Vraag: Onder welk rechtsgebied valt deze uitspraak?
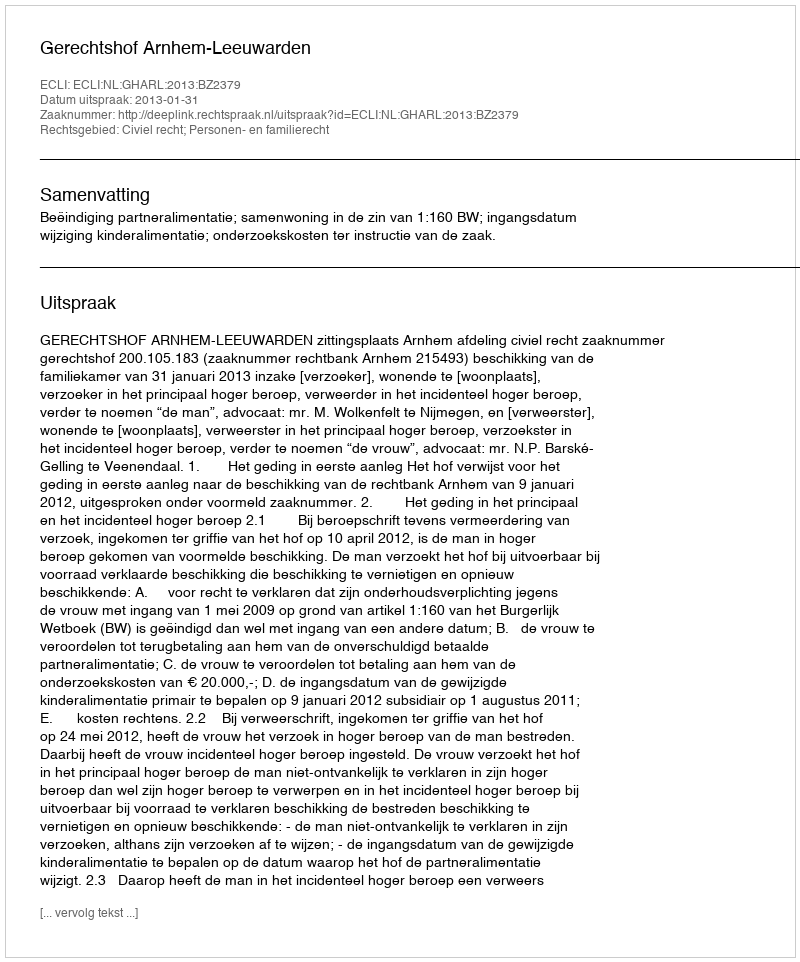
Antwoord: Civiel recht; Personen- en familierecht